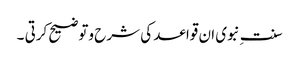
سنت ِنبوی ان قواعد کی شرح وتوضیح کرتی ۔